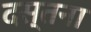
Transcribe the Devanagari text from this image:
दस्तना